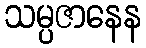
သမ္ပဇာနေန